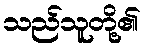
သည်သူတို့၏